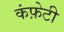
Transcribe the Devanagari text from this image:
कंफ़ेटी